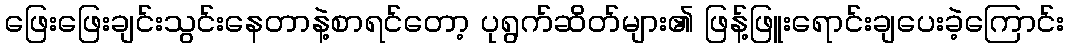
ဖြေးဖြေးချင်းသွင်းနေတာနဲ့စာရင်တော့ ပုရွက်ဆိတ်များ၏ ဖြန့်ဖြူးရောင်းချပေးခဲ့ကြောင်း